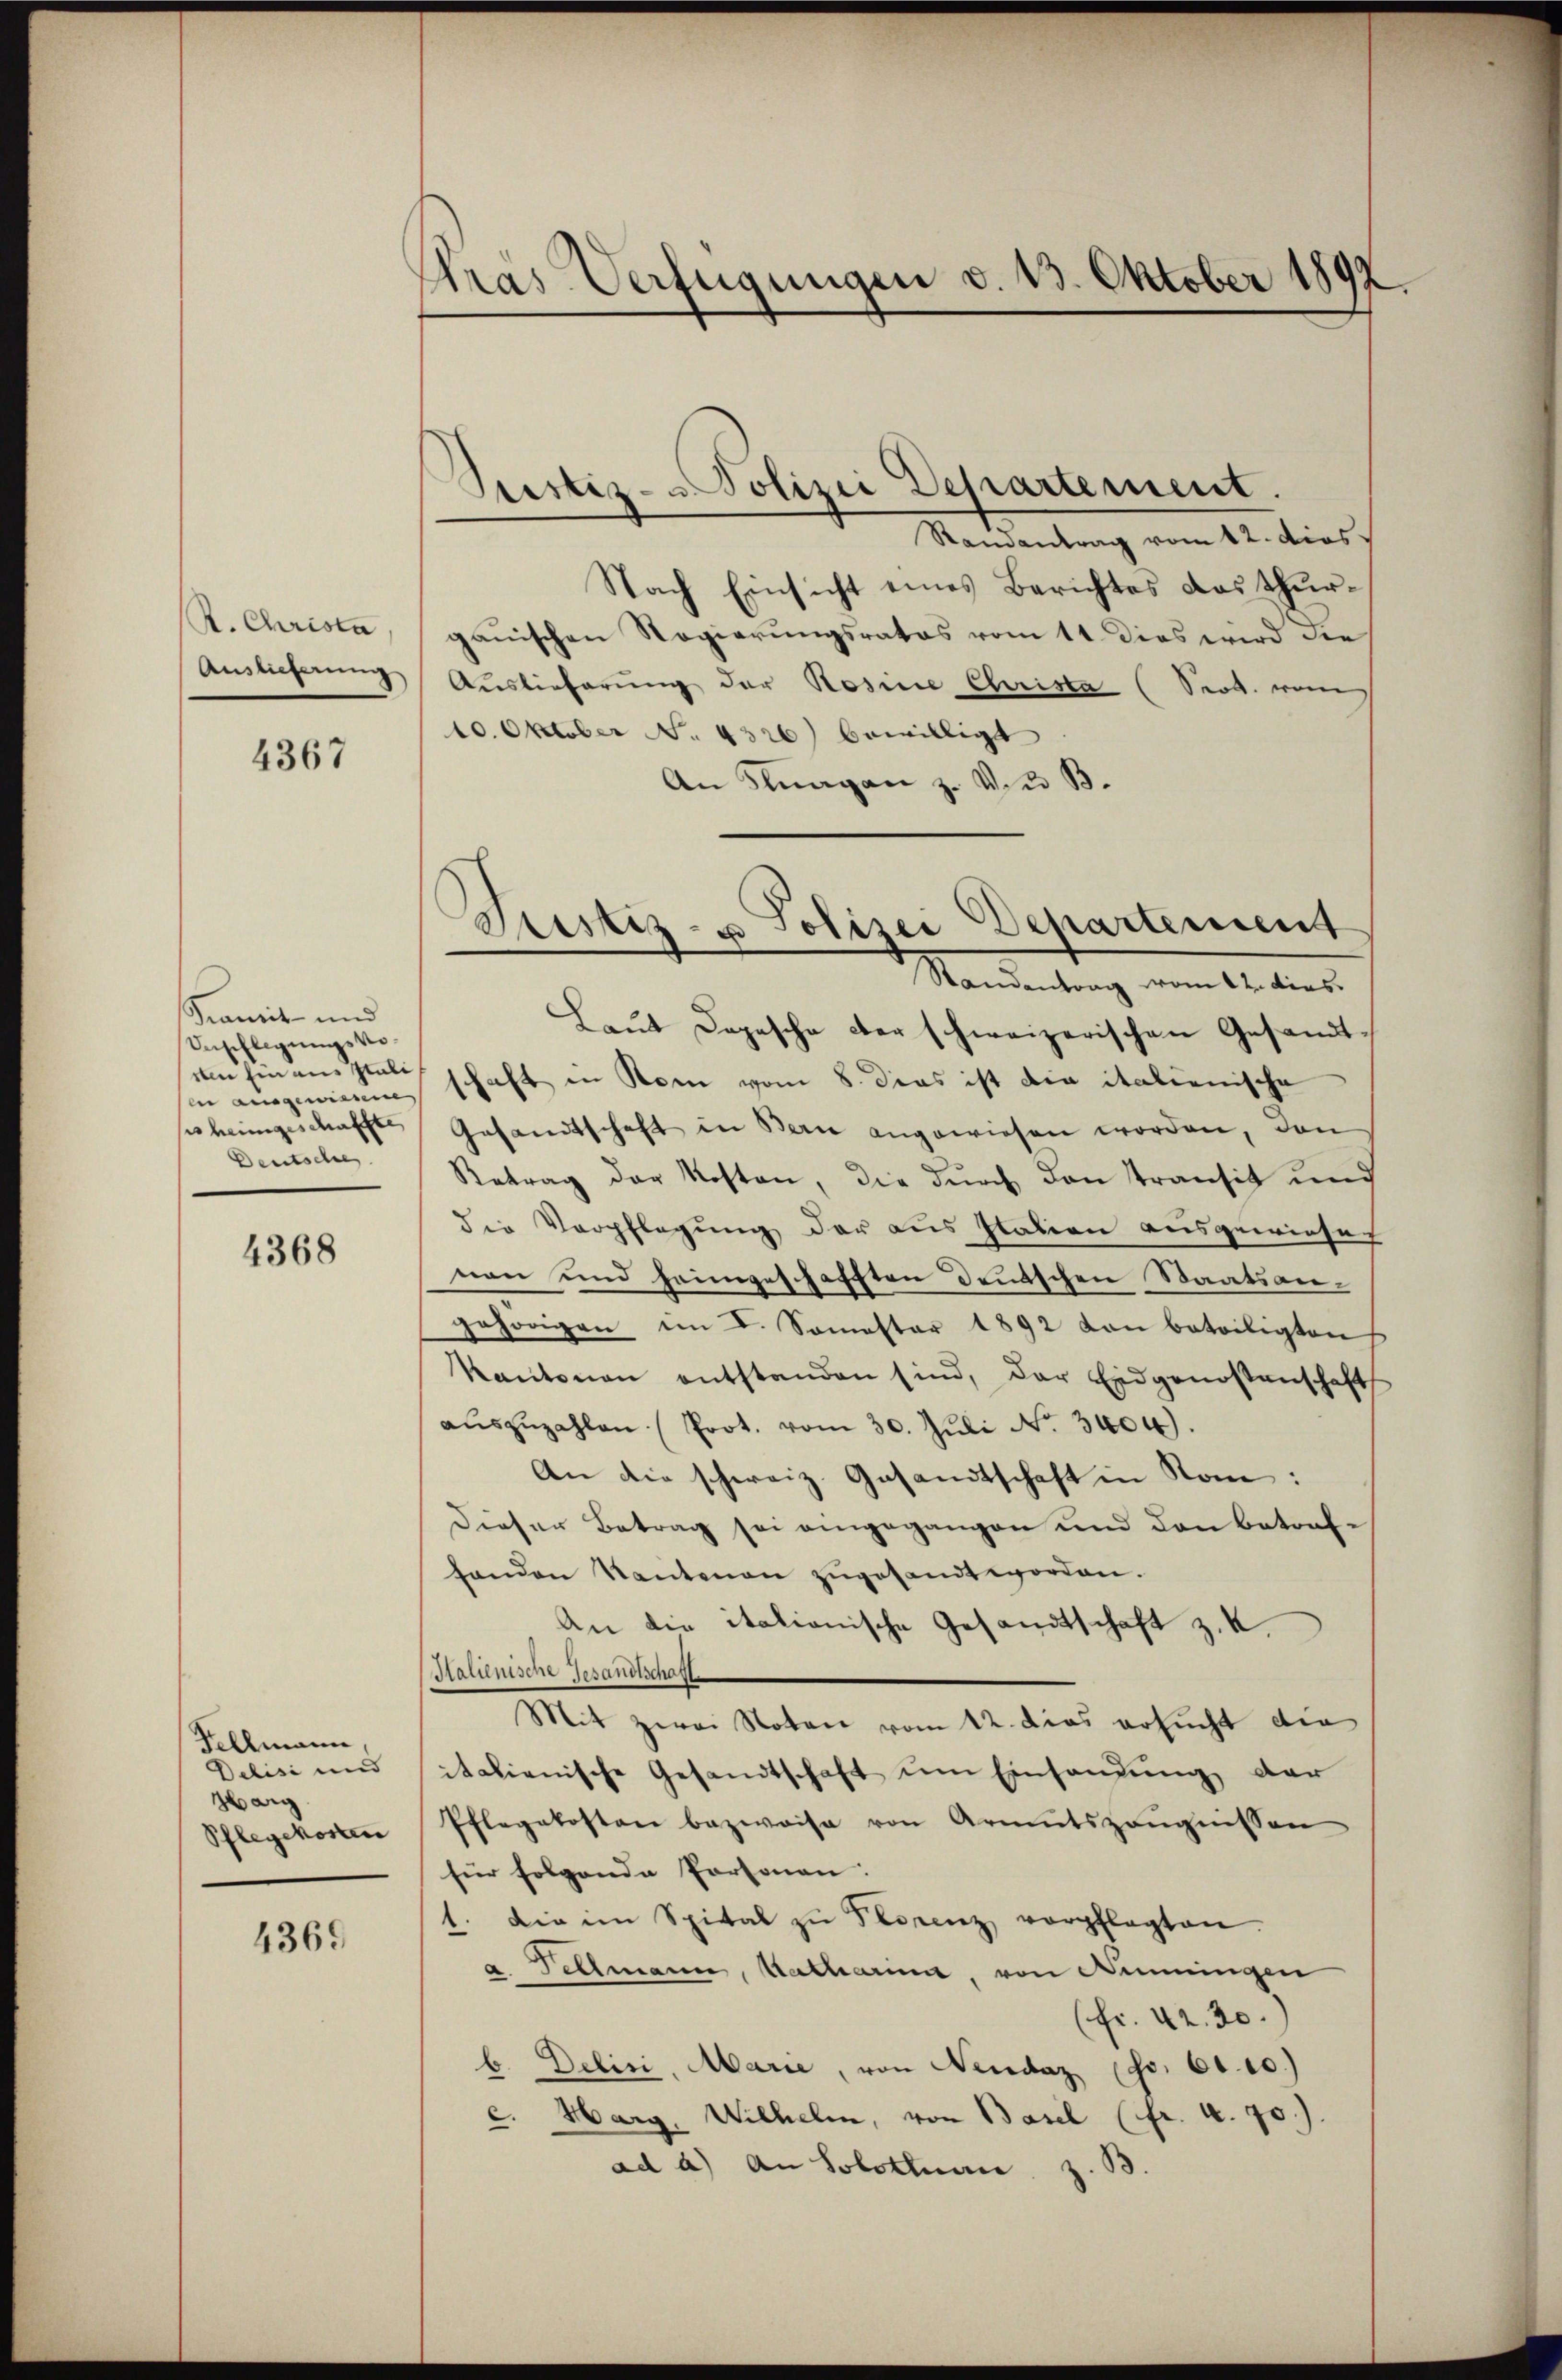
K. Christa
Auslieferung

4367

ramit und
Anschlagungskosten Ein aus Itali
in ausgewinnen
ses heimgeschaffte
Deutsche

4368

Fellmann,
Delisi und
Harg
Pflegekosten

436.

Pras Verfügungen d. 13. Oktober 1892.

Prustiz- u Polizei Departement.

Ramantrag vom 12. dies
Nach Einsicht eines Berichtes das Thurgauischen Regierungsrates vom 11. dies wird die
Auslieferung der Rosine Christa (Sept. wenn
10. Oktober No. 4326) bewilligt
An Klagan z. Vier B.
Laŭt Depesche der schweizerischen Gesandt
schaft in Rom vom 8. dies ist die italienische
Gesandtschaft in Bern angewiesen worden, den
Retrag der Kosten, die durch den transit und
die Verpflegung der aus Italien ausgewiese
nen und heimgeschafften Deutschen Staatsangehörigen im 4. Somester 1892 von beteiligten
Kantonen entstanden sind, der Eidgenossenschaft
aŭszŭzahlen (Prot. vom 30. Juli No 3404.
An die schweiz. Gesandtschaft in Rom:
dieser Betrag sei eingegangen und den betrafhanden Santenan zŭgesandt worden.
An die italionische Gesandtschaft z. K.
Malienische Gesandtschaff
Mit zwei Noten vom 12. Dies ersucht die
italienische Gesandtschaft ŭm Einsandung der
Pflegekosten bezweise von Armutszeŭgnissen
für folgende Personen:
1. Die im Spital zŭ Prorenz verpflegten.
a. Fellmann, Katharina, von Nimmingen
(fr. 42. 30.
b. Deliri, Marie, von Neudaz (S. 61. 10.)
c. Marg, Wilhelm, von Basil (fr. 4. 70.).
ad a.) An Solothurn, z. B

Justiz- u Polizei Departement
Standentrag vom 12. dies.